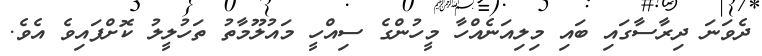
ދެވަނަ ދިރާސާގައި ބައި މިލިއަނެއްހާ މީހުންގެ ސިއްހީ މައުލޫމާތު ތަހުލީލު ކޮށްފައިވެ އެވެ.